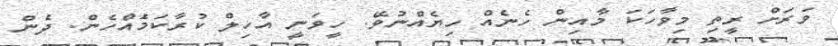
ވަރަށް ރީތި މިވާހަކަ މާއިން ހެނެއް ހިޔެއްނުވޭ. ހީވަނީ އާހިލް ކުރާކަމަެއްހެން. ދެން